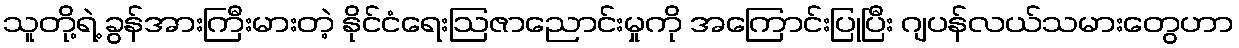
သူတို့ရဲ့ ခွန်အားကြီးမားတဲ့ နိုင်ငံရေးဩဇာညောင်းမှုကို အကြောင်းပြုပြီး ဂျပန်လယ်သမားတွေဟာ